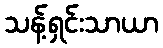
သန့်ရှင်းသာယာ